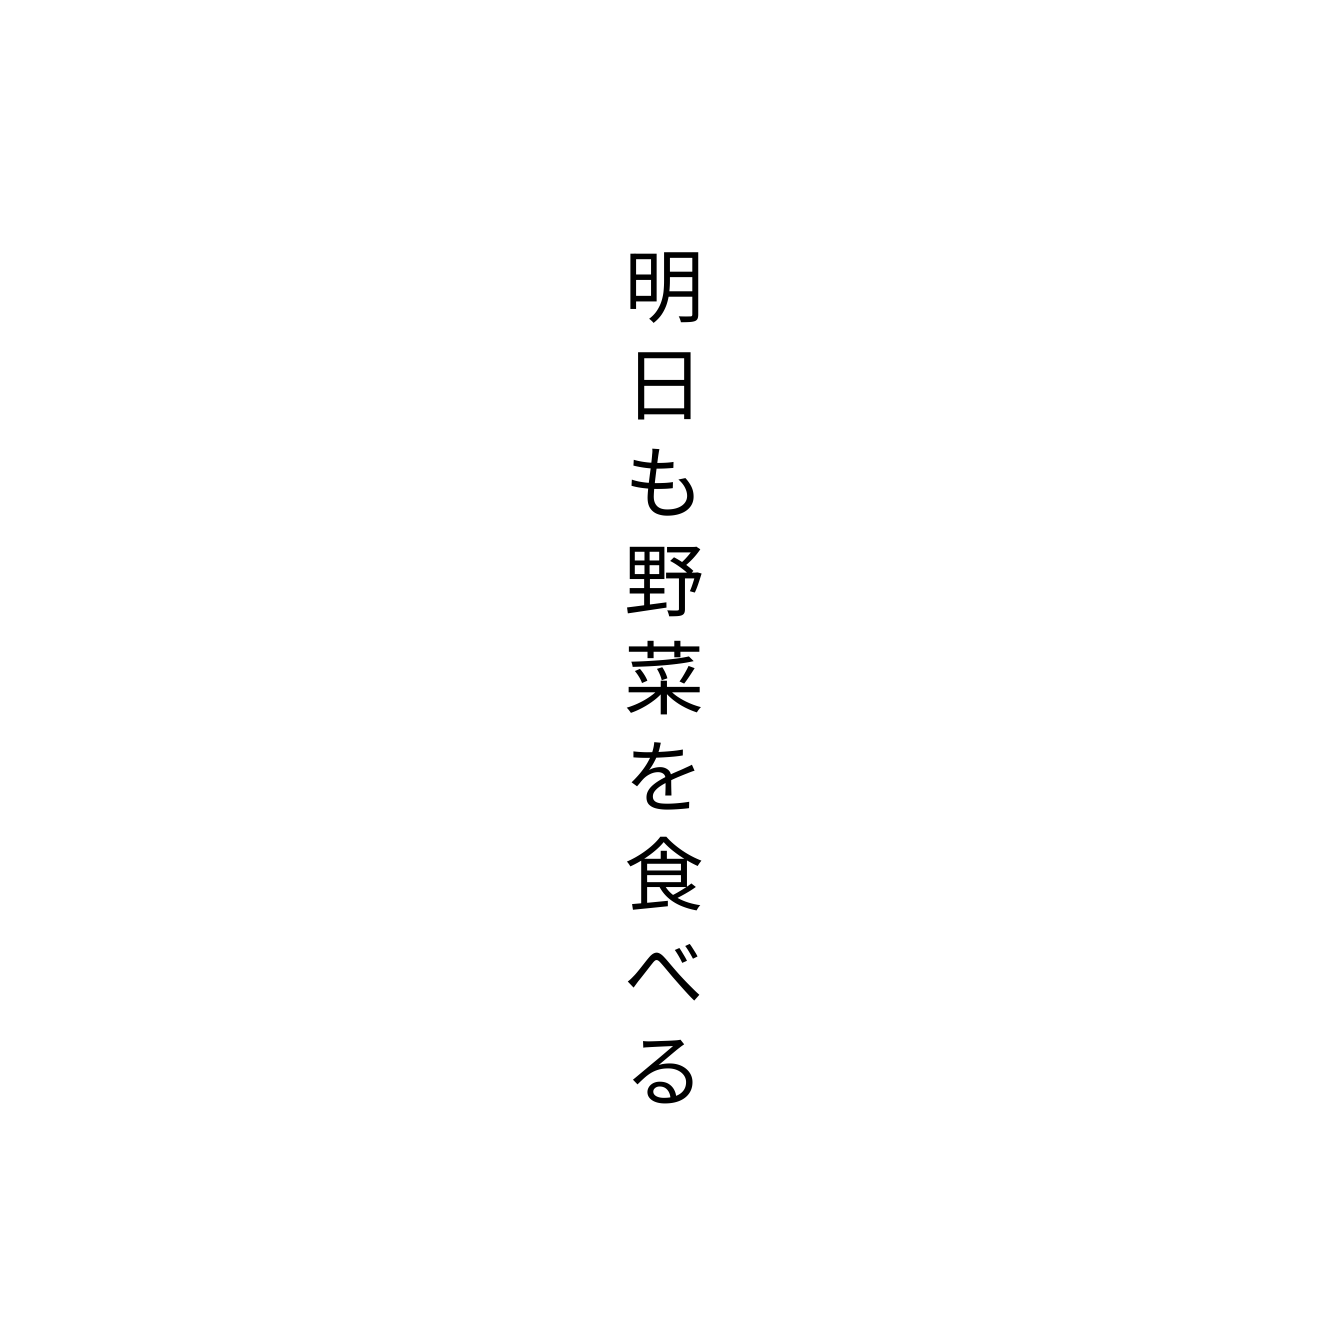
明日も野菜を食べる